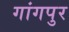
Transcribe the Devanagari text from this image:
गांगपुर